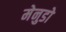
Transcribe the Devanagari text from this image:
मेनुडो